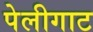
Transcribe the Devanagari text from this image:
पेलीगाट